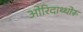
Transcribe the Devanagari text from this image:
ओरिदाथ्थोरू